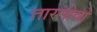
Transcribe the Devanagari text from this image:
तारनोवो